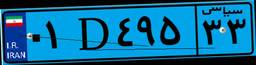
۰۱D۴۹۵۳۳